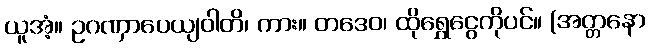
ယူအံ့။ ဥဂဏှာပေယျဝါတိ၊ ကား။ တဒေဝ၊ ထိုရွှေငွေကိုပင်။ (အတ္တနော